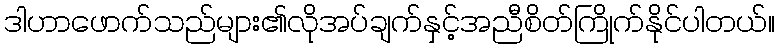
ဒါဟာဖောက်သည်များ၏လိုအပ်ချက်နှင့်အညီစိတ်ကြိုက်နိုင်ပါတယ်။